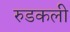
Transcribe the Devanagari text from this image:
रुडकली